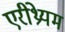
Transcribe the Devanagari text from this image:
एरीथ्रेयम